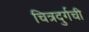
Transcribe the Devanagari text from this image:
चित्रदुर्गची